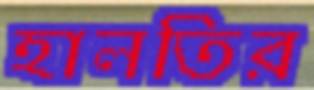
হালতির